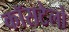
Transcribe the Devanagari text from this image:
कॉसटेलो